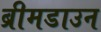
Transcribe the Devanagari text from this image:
ब्रीमडाउन